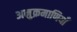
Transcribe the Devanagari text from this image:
अनुक्रमाणियाँ